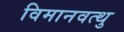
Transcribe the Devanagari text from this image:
विमानवत्थु